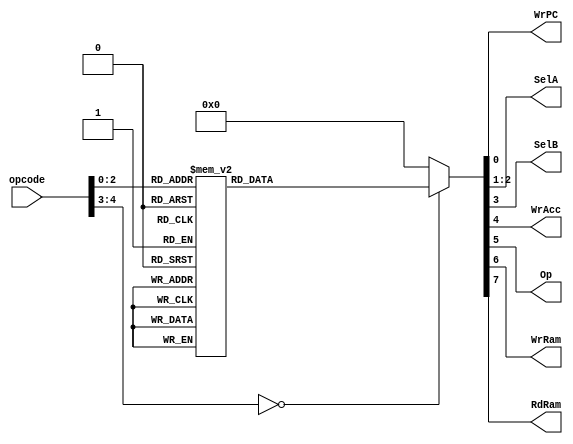
`timescale 1ns / 1ps

module InstructionDecoder(
		input [4:0] opcode,
		output reg WrPC,
		output reg [1:0] SelA,
		output reg SelB,
		output reg WrAcc,
		output reg Op,
		output reg WrRam,
		output reg RdRam
		);
		
		always@*
		begin
			case(opcode)
				0: //halt
				begin
					WrPC <= 0;
					SelA <= 0;
					SelB <= 0;
					WrAcc <= 0;
					Op <= 0;
					WrRam <= 0;
					RdRam <= 0;
				end
				1: //Store Variable
				begin
					WrPC <= 1;
					SelA <= 0;
					SelB <= 0;
					WrAcc <= 0;
					Op <= 0;
					WrRam <= 1;
					RdRam <= 0;
					
				end
				2: //Load Variable
				begin
					WrPC <= 1;
					SelA <= 0;
					SelB <= 0;
					WrAcc <= 1;
					Op <= 0;
					WrRam <= 0;
					RdRam <= 1;
				end
				3: //Load Immediate
				begin
					WrPC <= 1;
					SelA <= 1;
					SelB <= 0;
					WrAcc <= 1;
					Op <= 0;
					WrRam <= 0;
					RdRam <= 0;
				end
				4: //Add Variable
				begin
					WrPC <= 1;
					SelA <= 2;
					SelB <= 0;
					WrAcc <= 1;
					Op <= 0;
					WrRam <= 0;
					RdRam <= 1;
				end
				5: //Add Immediate
				begin
					WrPC <= 1;
					SelA <= 2;
					SelB <= 1;
					WrAcc <= 1;
					Op <= 0;
					WrRam <= 0;
					RdRam <= 0;
				end
				6: //Substract Variable
				begin
					WrPC <= 1;
					SelA <= 2;
					SelB <= 0;
					WrAcc <= 1;
					Op <= 1;
					WrRam <= 0;
					RdRam <= 1;
				end
				7: //Substract Immediate
				begin
					WrPC <= 1;
					SelA <= 2;
					SelB <= 1;
					WrAcc <= 1;
					Op <= 1;
					WrRam <= 0;
					RdRam <= 0;
				end
				default:
				begin
					WrPC <= 0;
					SelA <= 0;
					SelB <= 0;
					WrAcc <= 0;
					Op <= 0;
					WrRam <= 0;
					RdRam <= 0;
				end
			endcase
		end


endmodule